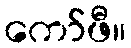
ကော်ဖီ။